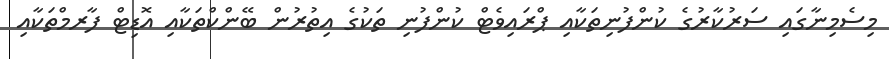
މިސެމިނާގައި ސަރުކާރުގެ ކުންފުނިތަކާއި ޕްރައިވެޓް ކުންފުނި ތަކުގެ އިތުރުން ބޭންކްތަކާއި އޮޑިޓް ފާރމްތަކާއި